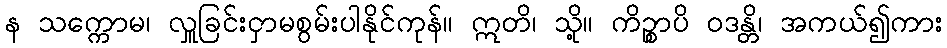
န သက္ကောမ၊ လှူခြင်းငှာမစွမ်းပါနိုင်ကုန်။ ဣတိ၊ သို့။ ကိဉ္စာပိ ဝဒန္တိ၊ အကယ်၍ကား